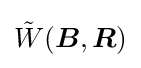
{\tilde {W}}({\boldsymbol {B}},{\boldsymbol {R}})